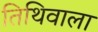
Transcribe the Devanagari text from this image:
तिथिवाला